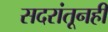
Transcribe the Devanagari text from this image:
सदरांतूनही